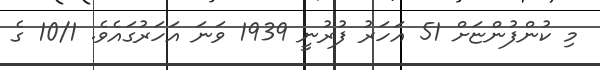
މި ކުންފުންޏަށް 51 އަހަރު ފުރުނީ 1939 ވަނަ އަހަރުގައެވެ. 10/1 ގެ